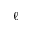
\ell